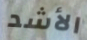
الأشد